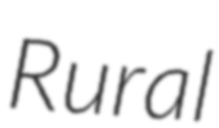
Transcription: Rural